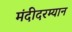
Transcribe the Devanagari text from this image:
मंदीदरम्यान